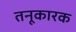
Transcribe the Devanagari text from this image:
तनूकारक